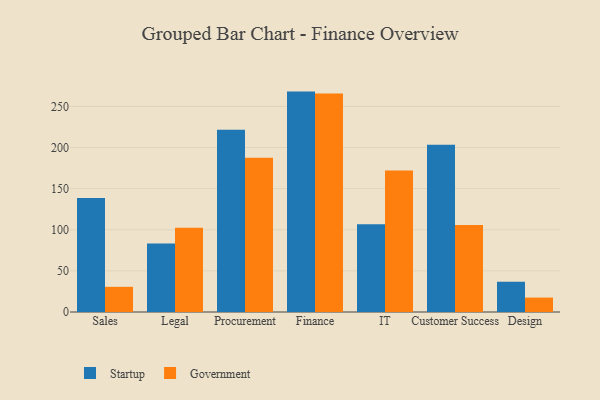
{"axis": {"x": "Department", "y": "Page Views"}, "legend": ["Government", "Startup"], "data": [{"x": "Sales", "y": 138.6, "type": "Startup"}, {"x": "Sales", "y": 30.6, "type": "Government"}, {"x": "Legal", "y": 83.2, "type": "Startup"}, {"x": "Legal", "y": 102.4, "type": "Government"}, {"x": "Procurement", "y": 221.7, "type": "Startup"}, {"x": "Procurement", "y": 187.7, "type": "Government"}, {"x": "Finance", "y": 268.0, "type": "Startup"}, {"x": "Finance", "y": 265.6, "type": "Government"}, {"x": "IT", "y": 106.7, "type": "Startup"}, {"x": "IT", "y": 172.2, "type": "Government"}, {"x": "Customer Success", "y": 203.5, "type": "Startup"}, {"x": "Customer Success", "y": 105.9, "type": "Government"}, {"x": "Design", "y": 36.8, "type": "Startup"}, {"x": "Design", "y": 17.5, "type": "Government"}]}